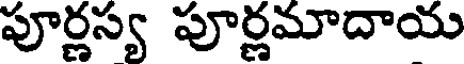
పూర్ణస్య పూర్ణమాదాయ